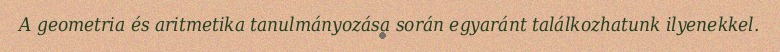
A geometria és aritmetika tanulmányozása során egyaránt találkozhatunk ilyenekkel.